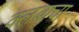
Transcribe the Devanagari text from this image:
क्लबाचा